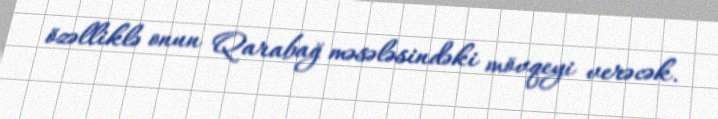
özəlliklə onun Qarabağ məsələsindəki mövqeyi verəcək.